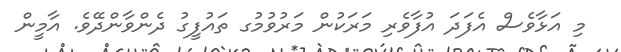
މި އަޅާވެސް އެފަދަ އުފާވެރި މަރަކުން މަރުވުމުގ ތައުފީގު ދެންވާންދޭވެ. އާމީން